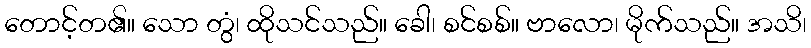
တောင့်တ၏။ သော တွံ၊ ထိုသင်သည်။ ခေါ၊ စင်စစ်။ ဗာလော၊ မိုက်သည်။ အသိ၊